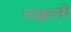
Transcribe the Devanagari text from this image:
नक्षली